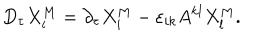
D _ { \tau } X _ { i } ^ { M } = \partial _ { \tau } X _ { i } ^ { M } - \varepsilon _ { i k } A ^ { k l } X _ { l } ^ { M } .